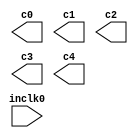
// megafunction wizard: %ALTPLL%VBB%
// GENERATION: STANDARD
// VERSION: WM1.0
// MODULE: altpll 

// ============================================================
// Megafunction Name(s):
// 			altpll
//
// Simulation Library Files(s):
// 			altera_mf
// ============================================================
// ************************************************************
// THIS IS A WIZARD-GENERATED FILE. DO NOT EDIT THIS FILE!
//
// 17.0.0 Build 595 04/25/2017 SJ Lite Edition
// ************************************************************

//Copyright (C) 2017  Intel Corporation. All rights reserved.
//Your use of Intel Corporation's design tools, logic functions 
//and other software and tools, and its AMPP partner logic 
//functions, and any output files from any of the foregoing 
//(including device programming or simulation files), and any 
//associated documentation or information are expressly subject 
//to the terms and conditions of the Intel Program License 
//Subscription Agreement, the Intel Quartus Prime License Agreement,
//the Intel MegaCore Function License Agreement, or other 
//applicable license agreement, including, without limitation, 
//that your use is for the sole purpose of programming logic 
//devices manufactured by Intel and sold by Intel or its 
//authorized distributors.  Please refer to the applicable 
//agreement for further details.

module dcm (
	inclk0,
	c0,
	c1,
	c2,
	c3,
	c4);

	input	  inclk0;
	output	  c0;
	output	  c1;
	output	  c2;
	output	  c3;
	output	  c4;

endmodule

// ============================================================
// CNX file retrieval info
// ============================================================
// Retrieval info: PRIVATE: ACTIVECLK_CHECK STRING "0"
// Retrieval info: PRIVATE: BANDWIDTH STRING "1.000"
// Retrieval info: PRIVATE: BANDWIDTH_FEATURE_ENABLED STRING "1"
// Retrieval info: PRIVATE: BANDWIDTH_FREQ_UNIT STRING "MHz"
// Retrieval info: PRIVATE: BANDWIDTH_PRESET STRING "Low"
// Retrieval info: PRIVATE: BANDWIDTH_USE_AUTO STRING "1"
// Retrieval info: PRIVATE: BANDWIDTH_USE_PRESET STRING "0"
// Retrieval info: PRIVATE: CLKBAD_SWITCHOVER_CHECK STRING "0"
// Retrieval info: PRIVATE: CLKLOSS_CHECK STRING "0"
// Retrieval info: PRIVATE: CLKSWITCH_CHECK STRING "0"
// Retrieval info: PRIVATE: CNX_NO_COMPENSATE_RADIO STRING "0"
// Retrieval info: PRIVATE: CREATE_CLKBAD_CHECK STRING "0"
// Retrieval info: PRIVATE: CREATE_INCLK1_CHECK STRING "0"
// Retrieval info: PRIVATE: CUR_DEDICATED_CLK STRING "c0"
// Retrieval info: PRIVATE: CUR_FBIN_CLK STRING "c0"
// Retrieval info: PRIVATE: DEVICE_SPEED_GRADE STRING "8"
// Retrieval info: PRIVATE: DIV_FACTOR0 NUMERIC "1"
// Retrieval info: PRIVATE: DIV_FACTOR1 NUMERIC "1"
// Retrieval info: PRIVATE: DIV_FACTOR2 NUMERIC "1"
// Retrieval info: PRIVATE: DIV_FACTOR3 NUMERIC "111"
// Retrieval info: PRIVATE: DIV_FACTOR4 NUMERIC "89"
// Retrieval info: PRIVATE: DUTY_CYCLE0 STRING "50.00000000"
// Retrieval info: PRIVATE: DUTY_CYCLE1 STRING "50.00000000"
// Retrieval info: PRIVATE: DUTY_CYCLE2 STRING "50.00000000"
// Retrieval info: PRIVATE: DUTY_CYCLE3 STRING "50.00000000"
// Retrieval info: PRIVATE: DUTY_CYCLE4 STRING "50.00000000"
// Retrieval info: PRIVATE: EFF_OUTPUT_FREQ_VALUE0 STRING "25.000000"
// Retrieval info: PRIVATE: EFF_OUTPUT_FREQ_VALUE1 STRING "125.000000"
// Retrieval info: PRIVATE: EFF_OUTPUT_FREQ_VALUE2 STRING "125.000000"
// Retrieval info: PRIVATE: EFF_OUTPUT_FREQ_VALUE3 STRING "11.261261"
// Retrieval info: PRIVATE: EFF_OUTPUT_FREQ_VALUE4 STRING "14.044944"
// Retrieval info: PRIVATE: EXPLICIT_SWITCHOVER_COUNTER STRING "0"
// Retrieval info: PRIVATE: EXT_FEEDBACK_RADIO STRING "0"
// Retrieval info: PRIVATE: GLOCKED_COUNTER_EDIT_CHANGED STRING "1"
// Retrieval info: PRIVATE: GLOCKED_FEATURE_ENABLED STRING "0"
// Retrieval info: PRIVATE: GLOCKED_MODE_CHECK STRING "0"
// Retrieval info: PRIVATE: GLOCK_COUNTER_EDIT NUMERIC "1048575"
// Retrieval info: PRIVATE: HAS_MANUAL_SWITCHOVER STRING "1"
// Retrieval info: PRIVATE: INCLK0_FREQ_EDIT STRING "50.000"
// Retrieval info: PRIVATE: INCLK0_FREQ_UNIT_COMBO STRING "MHz"
// Retrieval info: PRIVATE: INCLK1_FREQ_EDIT STRING "100.000"
// Retrieval info: PRIVATE: INCLK1_FREQ_EDIT_CHANGED STRING "1"
// Retrieval info: PRIVATE: INCLK1_FREQ_UNIT_CHANGED STRING "1"
// Retrieval info: PRIVATE: INCLK1_FREQ_UNIT_COMBO STRING "MHz"
// Retrieval info: PRIVATE: INTENDED_DEVICE_FAMILY STRING "Cyclone IV E"
// Retrieval info: PRIVATE: INT_FEEDBACK__MODE_RADIO STRING "1"
// Retrieval info: PRIVATE: LOCKED_OUTPUT_CHECK STRING "0"
// Retrieval info: PRIVATE: LONG_SCAN_RADIO STRING "1"
// Retrieval info: PRIVATE: LVDS_MODE_DATA_RATE STRING "Not Available"
// Retrieval info: PRIVATE: LVDS_MODE_DATA_RATE_DIRTY NUMERIC "0"
// Retrieval info: PRIVATE: LVDS_PHASE_SHIFT_UNIT0 STRING "deg"
// Retrieval info: PRIVATE: LVDS_PHASE_SHIFT_UNIT1 STRING "deg"
// Retrieval info: PRIVATE: LVDS_PHASE_SHIFT_UNIT2 STRING "deg"
// Retrieval info: PRIVATE: LVDS_PHASE_SHIFT_UNIT3 STRING "ps"
// Retrieval info: PRIVATE: LVDS_PHASE_SHIFT_UNIT4 STRING "ps"
// Retrieval info: PRIVATE: MIG_DEVICE_SPEED_GRADE STRING "Any"
// Retrieval info: PRIVATE: MIRROR_CLK0 STRING "0"
// Retrieval info: PRIVATE: MIRROR_CLK1 STRING "0"
// Retrieval info: PRIVATE: MIRROR_CLK2 STRING "0"
// Retrieval info: PRIVATE: MIRROR_CLK3 STRING "0"
// Retrieval info: PRIVATE: MIRROR_CLK4 STRING "0"
// Retrieval info: PRIVATE: MULT_FACTOR0 NUMERIC "1"
// Retrieval info: PRIVATE: MULT_FACTOR1 NUMERIC "1"
// Retrieval info: PRIVATE: MULT_FACTOR2 NUMERIC "1"
// Retrieval info: PRIVATE: MULT_FACTOR3 NUMERIC "25"
// Retrieval info: PRIVATE: MULT_FACTOR4 NUMERIC "25"
// Retrieval info: PRIVATE: NORMAL_MODE_RADIO STRING "1"
// Retrieval info: PRIVATE: OUTPUT_FREQ0 STRING "25.00000000"
// Retrieval info: PRIVATE: OUTPUT_FREQ1 STRING "125.00000000"
// Retrieval info: PRIVATE: OUTPUT_FREQ2 STRING "125.00000000"
// Retrieval info: PRIVATE: OUTPUT_FREQ3 STRING "12.00000000"
// Retrieval info: PRIVATE: OUTPUT_FREQ4 STRING "14.00000000"
// Retrieval info: PRIVATE: OUTPUT_FREQ_MODE0 STRING "1"
// Retrieval info: PRIVATE: OUTPUT_FREQ_MODE1 STRING "1"
// Retrieval info: PRIVATE: OUTPUT_FREQ_MODE2 STRING "1"
// Retrieval info: PRIVATE: OUTPUT_FREQ_MODE3 STRING "0"
// Retrieval info: PRIVATE: OUTPUT_FREQ_MODE4 STRING "0"
// Retrieval info: PRIVATE: OUTPUT_FREQ_UNIT0 STRING "MHz"
// Retrieval info: PRIVATE: OUTPUT_FREQ_UNIT1 STRING "MHz"
// Retrieval info: PRIVATE: OUTPUT_FREQ_UNIT2 STRING "MHz"
// Retrieval info: PRIVATE: OUTPUT_FREQ_UNIT3 STRING "MHz"
// Retrieval info: PRIVATE: OUTPUT_FREQ_UNIT4 STRING "MHz"
// Retrieval info: PRIVATE: PHASE_RECONFIG_FEATURE_ENABLED STRING "1"
// Retrieval info: PRIVATE: PHASE_RECONFIG_INPUTS_CHECK STRING "0"
// Retrieval info: PRIVATE: PHASE_SHIFT0 STRING "0.00000000"
// Retrieval info: PRIVATE: PHASE_SHIFT1 STRING "0.00000000"
// Retrieval info: PRIVATE: PHASE_SHIFT2 STRING "210.00000000"
// Retrieval info: PRIVATE: PHASE_SHIFT3 STRING "0.00000000"
// Retrieval info: PRIVATE: PHASE_SHIFT4 STRING "0.00000000"
// Retrieval info: PRIVATE: PHASE_SHIFT_STEP_ENABLED_CHECK STRING "0"
// Retrieval info: PRIVATE: PHASE_SHIFT_UNIT0 STRING "deg"
// Retrieval info: PRIVATE: PHASE_SHIFT_UNIT1 STRING "deg"
// Retrieval info: PRIVATE: PHASE_SHIFT_UNIT2 STRING "deg"
// Retrieval info: PRIVATE: PHASE_SHIFT_UNIT3 STRING "ps"
// Retrieval info: PRIVATE: PHASE_SHIFT_UNIT4 STRING "ps"
// Retrieval info: PRIVATE: PLL_ADVANCED_PARAM_CHECK STRING "0"
// Retrieval info: PRIVATE: PLL_ARESET_CHECK STRING "0"
// Retrieval info: PRIVATE: PLL_AUTOPLL_CHECK NUMERIC "1"
// Retrieval info: PRIVATE: PLL_ENHPLL_CHECK NUMERIC "0"
// Retrieval info: PRIVATE: PLL_FASTPLL_CHECK NUMERIC "0"
// Retrieval info: PRIVATE: PLL_FBMIMIC_CHECK STRING "0"
// Retrieval info: PRIVATE: PLL_LVDS_PLL_CHECK NUMERIC "0"
// Retrieval info: PRIVATE: PLL_PFDENA_CHECK STRING "0"
// Retrieval info: PRIVATE: PLL_TARGET_HARCOPY_CHECK NUMERIC "0"
// Retrieval info: PRIVATE: PRIMARY_CLK_COMBO STRING "inclk0"
// Retrieval info: PRIVATE: RECONFIG_FILE STRING "dcm.mif"
// Retrieval info: PRIVATE: SACN_INPUTS_CHECK STRING "0"
// Retrieval info: PRIVATE: SCAN_FEATURE_ENABLED STRING "1"
// Retrieval info: PRIVATE: SELF_RESET_LOCK_LOSS STRING "0"
// Retrieval info: PRIVATE: SHORT_SCAN_RADIO STRING "0"
// Retrieval info: PRIVATE: SPREAD_FEATURE_ENABLED STRING "0"
// Retrieval info: PRIVATE: SPREAD_FREQ STRING "50.000"
// Retrieval info: PRIVATE: SPREAD_FREQ_UNIT STRING "KHz"
// Retrieval info: PRIVATE: SPREAD_PERCENT STRING "0.000"
// Retrieval info: PRIVATE: SPREAD_USE STRING "0"
// Retrieval info: PRIVATE: SRC_SYNCH_COMP_RADIO STRING "0"
// Retrieval info: PRIVATE: STICKY_CLK0 STRING "1"
// Retrieval info: PRIVATE: STICKY_CLK1 STRING "1"
// Retrieval info: PRIVATE: STICKY_CLK2 STRING "1"
// Retrieval info: PRIVATE: STICKY_CLK3 STRING "1"
// Retrieval info: PRIVATE: STICKY_CLK4 STRING "1"
// Retrieval info: PRIVATE: SWITCHOVER_COUNT_EDIT NUMERIC "1"
// Retrieval info: PRIVATE: SWITCHOVER_FEATURE_ENABLED STRING "1"
// Retrieval info: PRIVATE: SYNTH_WRAPPER_GEN_POSTFIX STRING "0"
// Retrieval info: PRIVATE: USE_CLK0 STRING "1"
// Retrieval info: PRIVATE: USE_CLK1 STRING "1"
// Retrieval info: PRIVATE: USE_CLK2 STRING "1"
// Retrieval info: PRIVATE: USE_CLK3 STRING "1"
// Retrieval info: PRIVATE: USE_CLK4 STRING "1"
// Retrieval info: PRIVATE: USE_CLKENA0 STRING "0"
// Retrieval info: PRIVATE: USE_CLKENA1 STRING "0"
// Retrieval info: PRIVATE: USE_CLKENA2 STRING "0"
// Retrieval info: PRIVATE: USE_CLKENA3 STRING "0"
// Retrieval info: PRIVATE: USE_CLKENA4 STRING "0"
// Retrieval info: PRIVATE: USE_MIL_SPEED_GRADE NUMERIC "0"
// Retrieval info: PRIVATE: ZERO_DELAY_RADIO STRING "0"
// Retrieval info: LIBRARY: altera_mf altera_mf.altera_mf_components.all
// Retrieval info: CONSTANT: BANDWIDTH_TYPE STRING "AUTO"
// Retrieval info: CONSTANT: CLK0_DIVIDE_BY NUMERIC "2"
// Retrieval info: CONSTANT: CLK0_DUTY_CYCLE NUMERIC "50"
// Retrieval info: CONSTANT: CLK0_MULTIPLY_BY NUMERIC "1"
// Retrieval info: CONSTANT: CLK0_PHASE_SHIFT STRING "0"
// Retrieval info: CONSTANT: CLK1_DIVIDE_BY NUMERIC "2"
// Retrieval info: CONSTANT: CLK1_DUTY_CYCLE NUMERIC "50"
// Retrieval info: CONSTANT: CLK1_MULTIPLY_BY NUMERIC "5"
// Retrieval info: CONSTANT: CLK1_PHASE_SHIFT STRING "0"
// Retrieval info: CONSTANT: CLK2_DIVIDE_BY NUMERIC "2"
// Retrieval info: CONSTANT: CLK2_DUTY_CYCLE NUMERIC "50"
// Retrieval info: CONSTANT: CLK2_MULTIPLY_BY NUMERIC "5"
// Retrieval info: CONSTANT: CLK2_PHASE_SHIFT STRING "4667"
// Retrieval info: CONSTANT: CLK3_DIVIDE_BY NUMERIC "111"
// Retrieval info: CONSTANT: CLK3_DUTY_CYCLE NUMERIC "50"
// Retrieval info: CONSTANT: CLK3_MULTIPLY_BY NUMERIC "25"
// Retrieval info: CONSTANT: CLK3_PHASE_SHIFT STRING "0"
// Retrieval info: CONSTANT: CLK4_DIVIDE_BY NUMERIC "89"
// Retrieval info: CONSTANT: CLK4_DUTY_CYCLE NUMERIC "50"
// Retrieval info: CONSTANT: CLK4_MULTIPLY_BY NUMERIC "25"
// Retrieval info: CONSTANT: CLK4_PHASE_SHIFT STRING "0"
// Retrieval info: CONSTANT: COMPENSATE_CLOCK STRING "CLK0"
// Retrieval info: CONSTANT: INCLK0_INPUT_FREQUENCY NUMERIC "20000"
// Retrieval info: CONSTANT: INTENDED_DEVICE_FAMILY STRING "Cyclone IV E"
// Retrieval info: CONSTANT: LPM_TYPE STRING "altpll"
// Retrieval info: CONSTANT: OPERATION_MODE STRING "NORMAL"
// Retrieval info: CONSTANT: PLL_TYPE STRING "AUTO"
// Retrieval info: CONSTANT: PORT_ACTIVECLOCK STRING "PORT_UNUSED"
// Retrieval info: CONSTANT: PORT_ARESET STRING "PORT_UNUSED"
// Retrieval info: CONSTANT: PORT_CLKBAD0 STRING "PORT_UNUSED"
// Retrieval info: CONSTANT: PORT_CLKBAD1 STRING "PORT_UNUSED"
// Retrieval info: CONSTANT: PORT_CLKLOSS STRING "PORT_UNUSED"
// Retrieval info: CONSTANT: PORT_CLKSWITCH STRING "PORT_UNUSED"
// Retrieval info: CONSTANT: PORT_CONFIGUPDATE STRING "PORT_UNUSED"
// Retrieval info: CONSTANT: PORT_FBIN STRING "PORT_UNUSED"
// Retrieval info: CONSTANT: PORT_INCLK0 STRING "PORT_USED"
// Retrieval info: CONSTANT: PORT_INCLK1 STRING "PORT_UNUSED"
// Retrieval info: CONSTANT: PORT_LOCKED STRING "PORT_UNUSED"
// Retrieval info: CONSTANT: PORT_PFDENA STRING "PORT_UNUSED"
// Retrieval info: CONSTANT: PORT_PHASECOUNTERSELECT STRING "PORT_UNUSED"
// Retrieval info: CONSTANT: PORT_PHASEDONE STRING "PORT_UNUSED"
// Retrieval info: CONSTANT: PORT_PHASESTEP STRING "PORT_UNUSED"
// Retrieval info: CONSTANT: PORT_PHASEUPDOWN STRING "PORT_UNUSED"
// Retrieval info: CONSTANT: PORT_PLLENA STRING "PORT_UNUSED"
// Retrieval info: CONSTANT: PORT_SCANACLR STRING "PORT_UNUSED"
// Retrieval info: CONSTANT: PORT_SCANCLK STRING "PORT_UNUSED"
// Retrieval info: CONSTANT: PORT_SCANCLKENA STRING "PORT_UNUSED"
// Retrieval info: CONSTANT: PORT_SCANDATA STRING "PORT_UNUSED"
// Retrieval info: CONSTANT: PORT_SCANDATAOUT STRING "PORT_UNUSED"
// Retrieval info: CONSTANT: PORT_SCANDONE STRING "PORT_UNUSED"
// Retrieval info: CONSTANT: PORT_SCANREAD STRING "PORT_UNUSED"
// Retrieval info: CONSTANT: PORT_SCANWRITE STRING "PORT_UNUSED"
// Retrieval info: CONSTANT: PORT_clk0 STRING "PORT_USED"
// Retrieval info: CONSTANT: PORT_clk1 STRING "PORT_USED"
// Retrieval info: CONSTANT: PORT_clk2 STRING "PORT_USED"
// Retrieval info: CONSTANT: PORT_clk3 STRING "PORT_USED"
// Retrieval info: CONSTANT: PORT_clk4 STRING "PORT_USED"
// Retrieval info: CONSTANT: PORT_clk5 STRING "PORT_UNUSED"
// Retrieval info: CONSTANT: PORT_clkena0 STRING "PORT_UNUSED"
// Retrieval info: CONSTANT: PORT_clkena1 STRING "PORT_UNUSED"
// Retrieval info: CONSTANT: PORT_clkena2 STRING "PORT_UNUSED"
// Retrieval info: CONSTANT: PORT_clkena3 STRING "PORT_UNUSED"
// Retrieval info: CONSTANT: PORT_clkena4 STRING "PORT_UNUSED"
// Retrieval info: CONSTANT: PORT_clkena5 STRING "PORT_UNUSED"
// Retrieval info: CONSTANT: PORT_extclk0 STRING "PORT_UNUSED"
// Retrieval info: CONSTANT: PORT_extclk1 STRING "PORT_UNUSED"
// Retrieval info: CONSTANT: PORT_extclk2 STRING "PORT_UNUSED"
// Retrieval info: CONSTANT: PORT_extclk3 STRING "PORT_UNUSED"
// Retrieval info: CONSTANT: WIDTH_CLOCK NUMERIC "5"
// Retrieval info: USED_PORT: @clk 0 0 5 0 OUTPUT_CLK_EXT VCC "@clk[4..0]"
// Retrieval info: USED_PORT: c0 0 0 0 0 OUTPUT_CLK_EXT VCC "c0"
// Retrieval info: USED_PORT: c1 0 0 0 0 OUTPUT_CLK_EXT VCC "c1"
// Retrieval info: USED_PORT: c2 0 0 0 0 OUTPUT_CLK_EXT VCC "c2"
// Retrieval info: USED_PORT: c3 0 0 0 0 OUTPUT_CLK_EXT VCC "c3"
// Retrieval info: USED_PORT: c4 0 0 0 0 OUTPUT_CLK_EXT VCC "c4"
// Retrieval info: USED_PORT: inclk0 0 0 0 0 INPUT_CLK_EXT GND "inclk0"
// Retrieval info: CONNECT: @inclk 0 0 1 1 GND 0 0 0 0
// Retrieval info: CONNECT: @inclk 0 0 1 0 inclk0 0 0 0 0
// Retrieval info: CONNECT: c0 0 0 0 0 @clk 0 0 1 0
// Retrieval info: CONNECT: c1 0 0 0 0 @clk 0 0 1 1
// Retrieval info: CONNECT: c2 0 0 0 0 @clk 0 0 1 2
// Retrieval info: CONNECT: c3 0 0 0 0 @clk 0 0 1 3
// Retrieval info: CONNECT: c4 0 0 0 0 @clk 0 0 1 4
// Retrieval info: GEN_FILE: TYPE_NORMAL dcm.v TRUE
// Retrieval info: GEN_FILE: TYPE_NORMAL dcm.ppf TRUE
// Retrieval info: GEN_FILE: TYPE_NORMAL dcm.inc FALSE
// Retrieval info: GEN_FILE: TYPE_NORMAL dcm.cmp FALSE
// Retrieval info: GEN_FILE: TYPE_NORMAL dcm.bsf FALSE
// Retrieval info: GEN_FILE: TYPE_NORMAL dcm_inst.v FALSE
// Retrieval info: GEN_FILE: TYPE_NORMAL dcm_bb.v TRUE
// Retrieval info: LIB_FILE: altera_mf
// Retrieval info: CBX_MODULE_PREFIX: ON